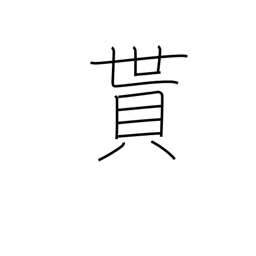
Meaning: obtain